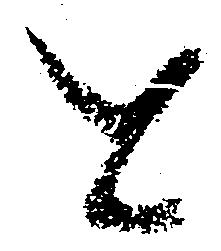
と